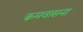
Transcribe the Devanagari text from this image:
क्रमवासना